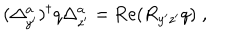
( \Delta _ { y ^ { \prime } } ^ { a } ) ^ { \dagger } q \Delta _ { z ^ { \prime } } ^ { a } = \mathrm { R e } ( R _ { y ^ { \prime } z ^ { \prime } } q ) \; ,